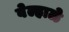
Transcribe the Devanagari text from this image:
वेल्हाळे